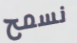
نسمح